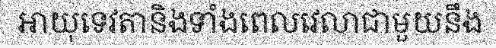
អាយុទេវតានិងទាំងពេលវេលាជាមួយនឹង